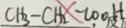
C H _ { 3 } - C H _ { 2 } - l o o H